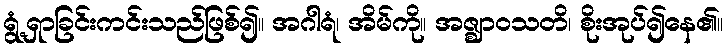
ရွံ့ရှာခြင်းကင်းသည်ဖြစ်၍။ အဂါရံ၊ အိမ်ကို။ အဇ္ဈာဝသတိ၊ စိုးအုပ်၍နေ၏။